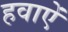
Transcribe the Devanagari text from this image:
हवाऐं